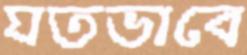
যতভাবে